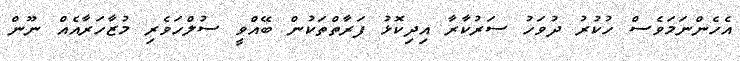
އެހެންނަމަވެސް ހުކުރު ދުވަހު ސަރުކާރާ އިދިކޮޅު ފަރާތްތަކުން ބޭއްވީ ސުލްހަވެރި މުޒާހަރާއެއް ނޫން